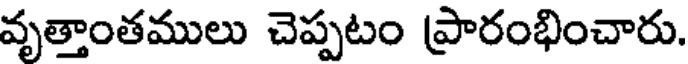
వృత్తాంతములు చెప్పటం ప్రారంభించారు.